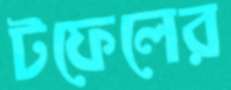
টফেলের